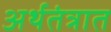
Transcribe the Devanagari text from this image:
अर्थतंत्रात